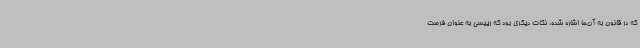
که در قانون به آن‌ها اشاره شده، نکات دیگری بود که رییسی به عنوان فرصت